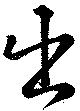
出